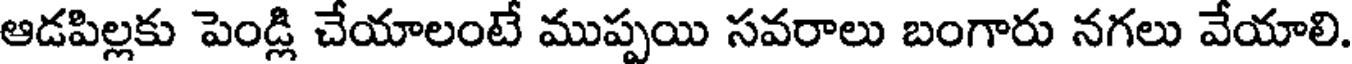
ఆడపిల్లకు పెండ్లి చేయాలంటే ముప్పయి సవరాలు బంగారు నగలు వేయాలి